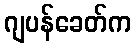
ဂျပန်ခေတ်က